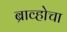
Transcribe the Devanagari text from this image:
ब्राव्होचा